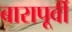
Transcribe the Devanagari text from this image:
बारापूर्वी